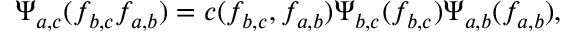
\Psi _ { a , c } ( f _ { b , c } f _ { a , b } ) = c ( f _ { b , c } , f _ { a , b } ) \Psi _ { b , c } ( f _ { b , c } ) \Psi _ { a , b } ( f _ { a , b } ) ,